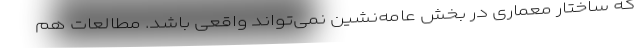
که ساختار معماری در بخش عامه‌نشین نمی‌تواند واقعی باشد. مطالعات هم